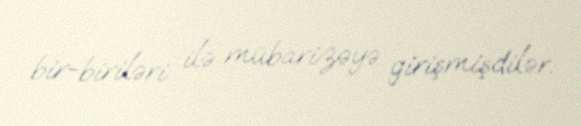
bir-biriləri ilə mübarizəyə girişmişdilər.